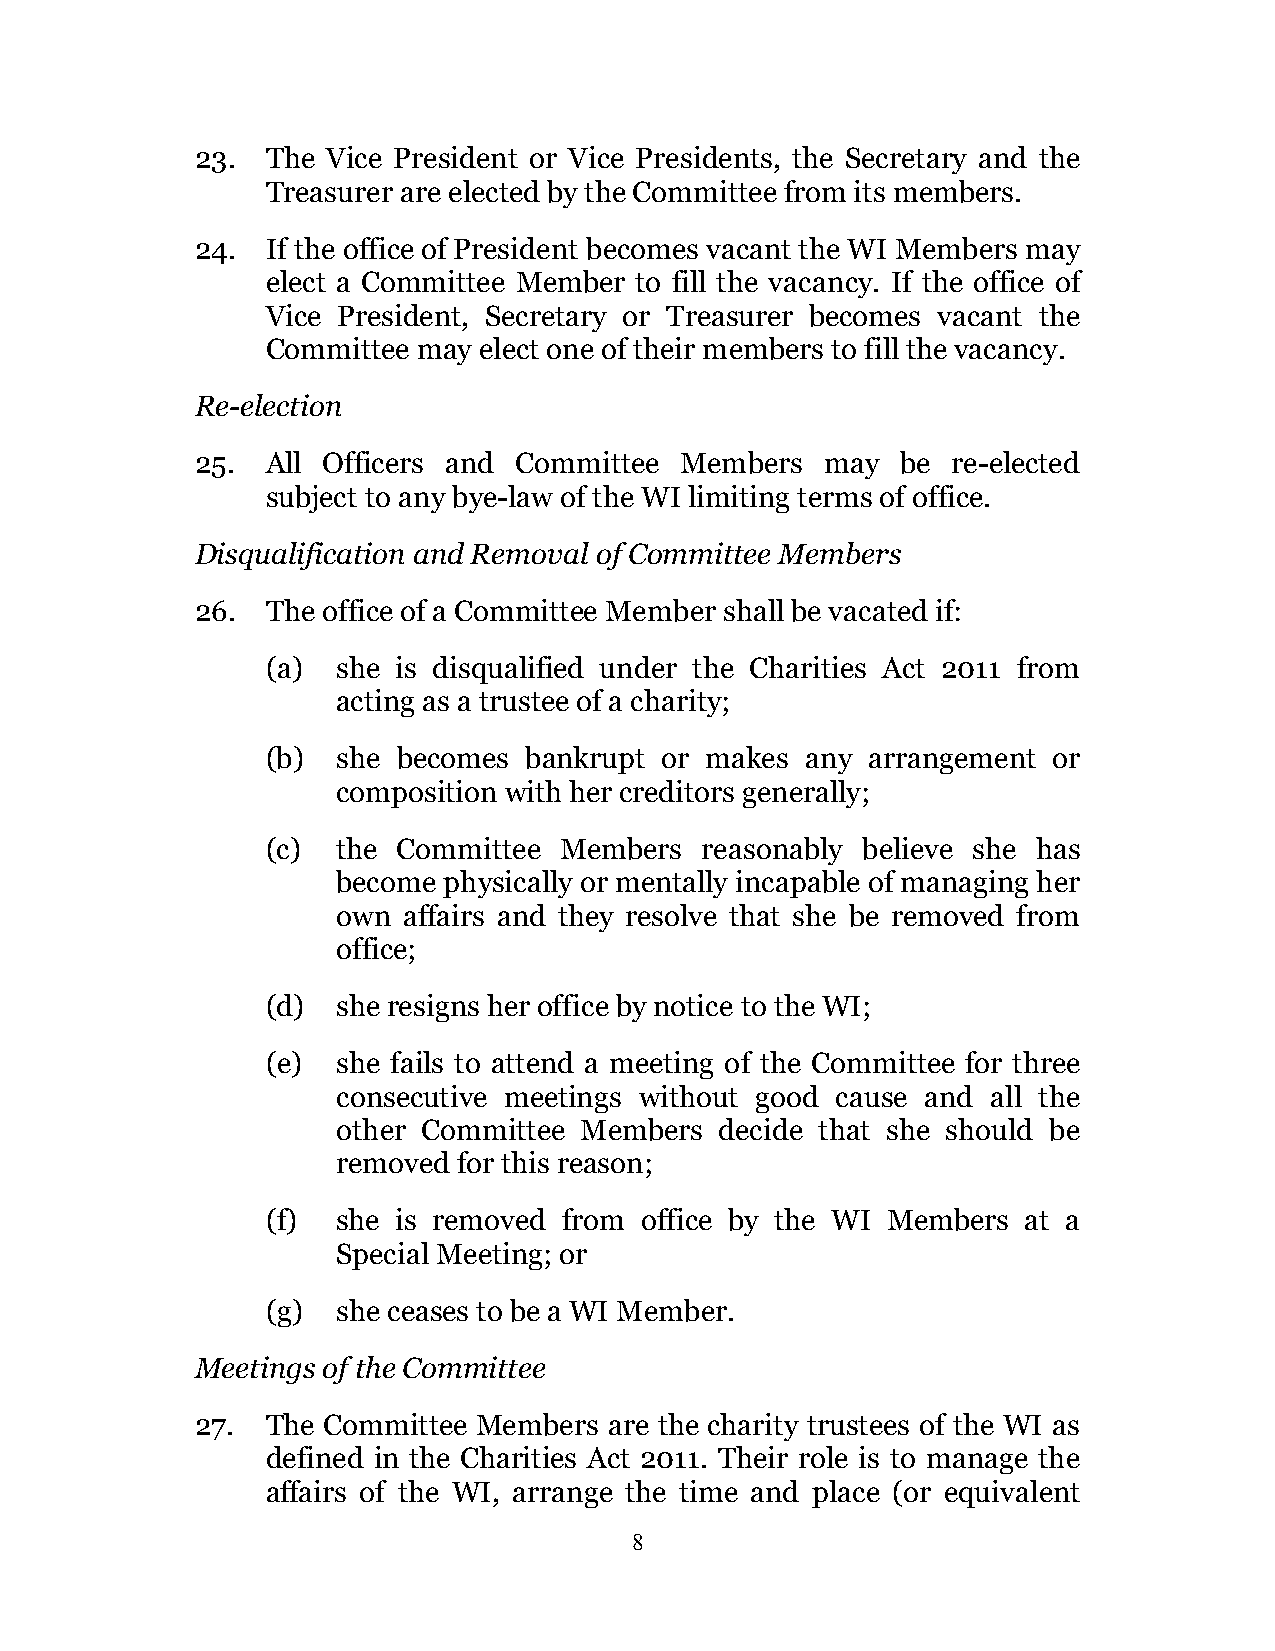
23.  The Vice President or Vice Presidents, the Secretary and the
 Treasurer are elected by the Committee from its members.
 24.  If the office of President becomes vacant the WI Members may
 elect a Committee Member to fill the vacancy. If the office of
 Vice President, Secretary or Treasurer becomes vacant the
 Committee may elect one of their members to fill the vacancy.
 Re-election
 25.  All Officers and Committee Members   may  be re-elected
 subject to any bye-law of the WI limiting terms of office.
 Disqualification and Removal of Committee Members
 26.  The office of a Committee Member shall be vacated if:
 (a) she is disqualified under the Charities Act 2011 from
 acting as a trustee of a charity;
 (b) she becomes  bankrupt or makes any arrangement  or
 composition with her creditors generally;
 (c) the Committee  Members  reasonably believe she has
 become physically or mentally incapable of managing her
 own  affairs and they resolve that she be removed from
 office;
 (d) she resigns her office by notice to the WI;
 (e) she fails to attend a meeting of the Committee for three
 consecutive meetings without good cause and all the
 other Committee Members   decide that she should be
 removed for this reason;
 (f) she is removed from office by the WI Members  at a
 Special Meeting; or
 (g) she ceases to be a WI Member.
 Meetings of the Committee
 27.  The Committee Members are the charity trustees of the WI as
 defined in the Charities Act 2011. Their role is to manage the
 affairs of the WI, arrange the time and place (or equivalent
 8